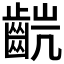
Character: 𫜥